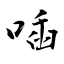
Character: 喢